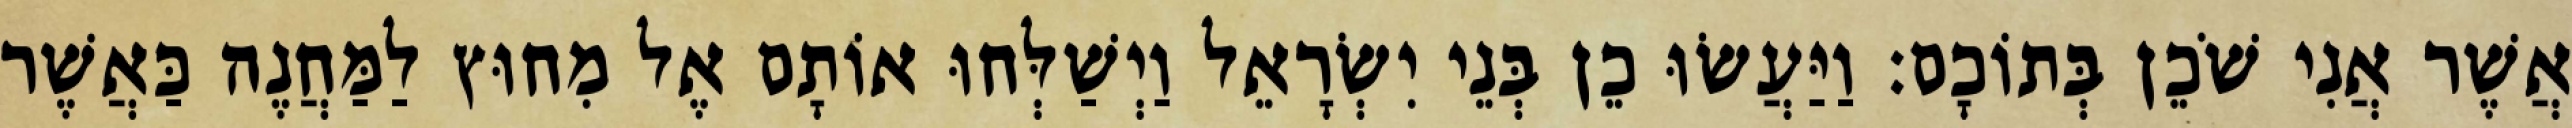
אֲשֶׁר אֲנִי שֹׁכֵן בְּתוֹכָם׃ וַיַּעֲשׂוּ כֵן בְּנֵי יִשְׂרָאֵל וַיְשַׁלְּחוּ אוֹתָם אֶל מִחוּץ לַמַּחֲנֶה כַּאֲשֶׁר